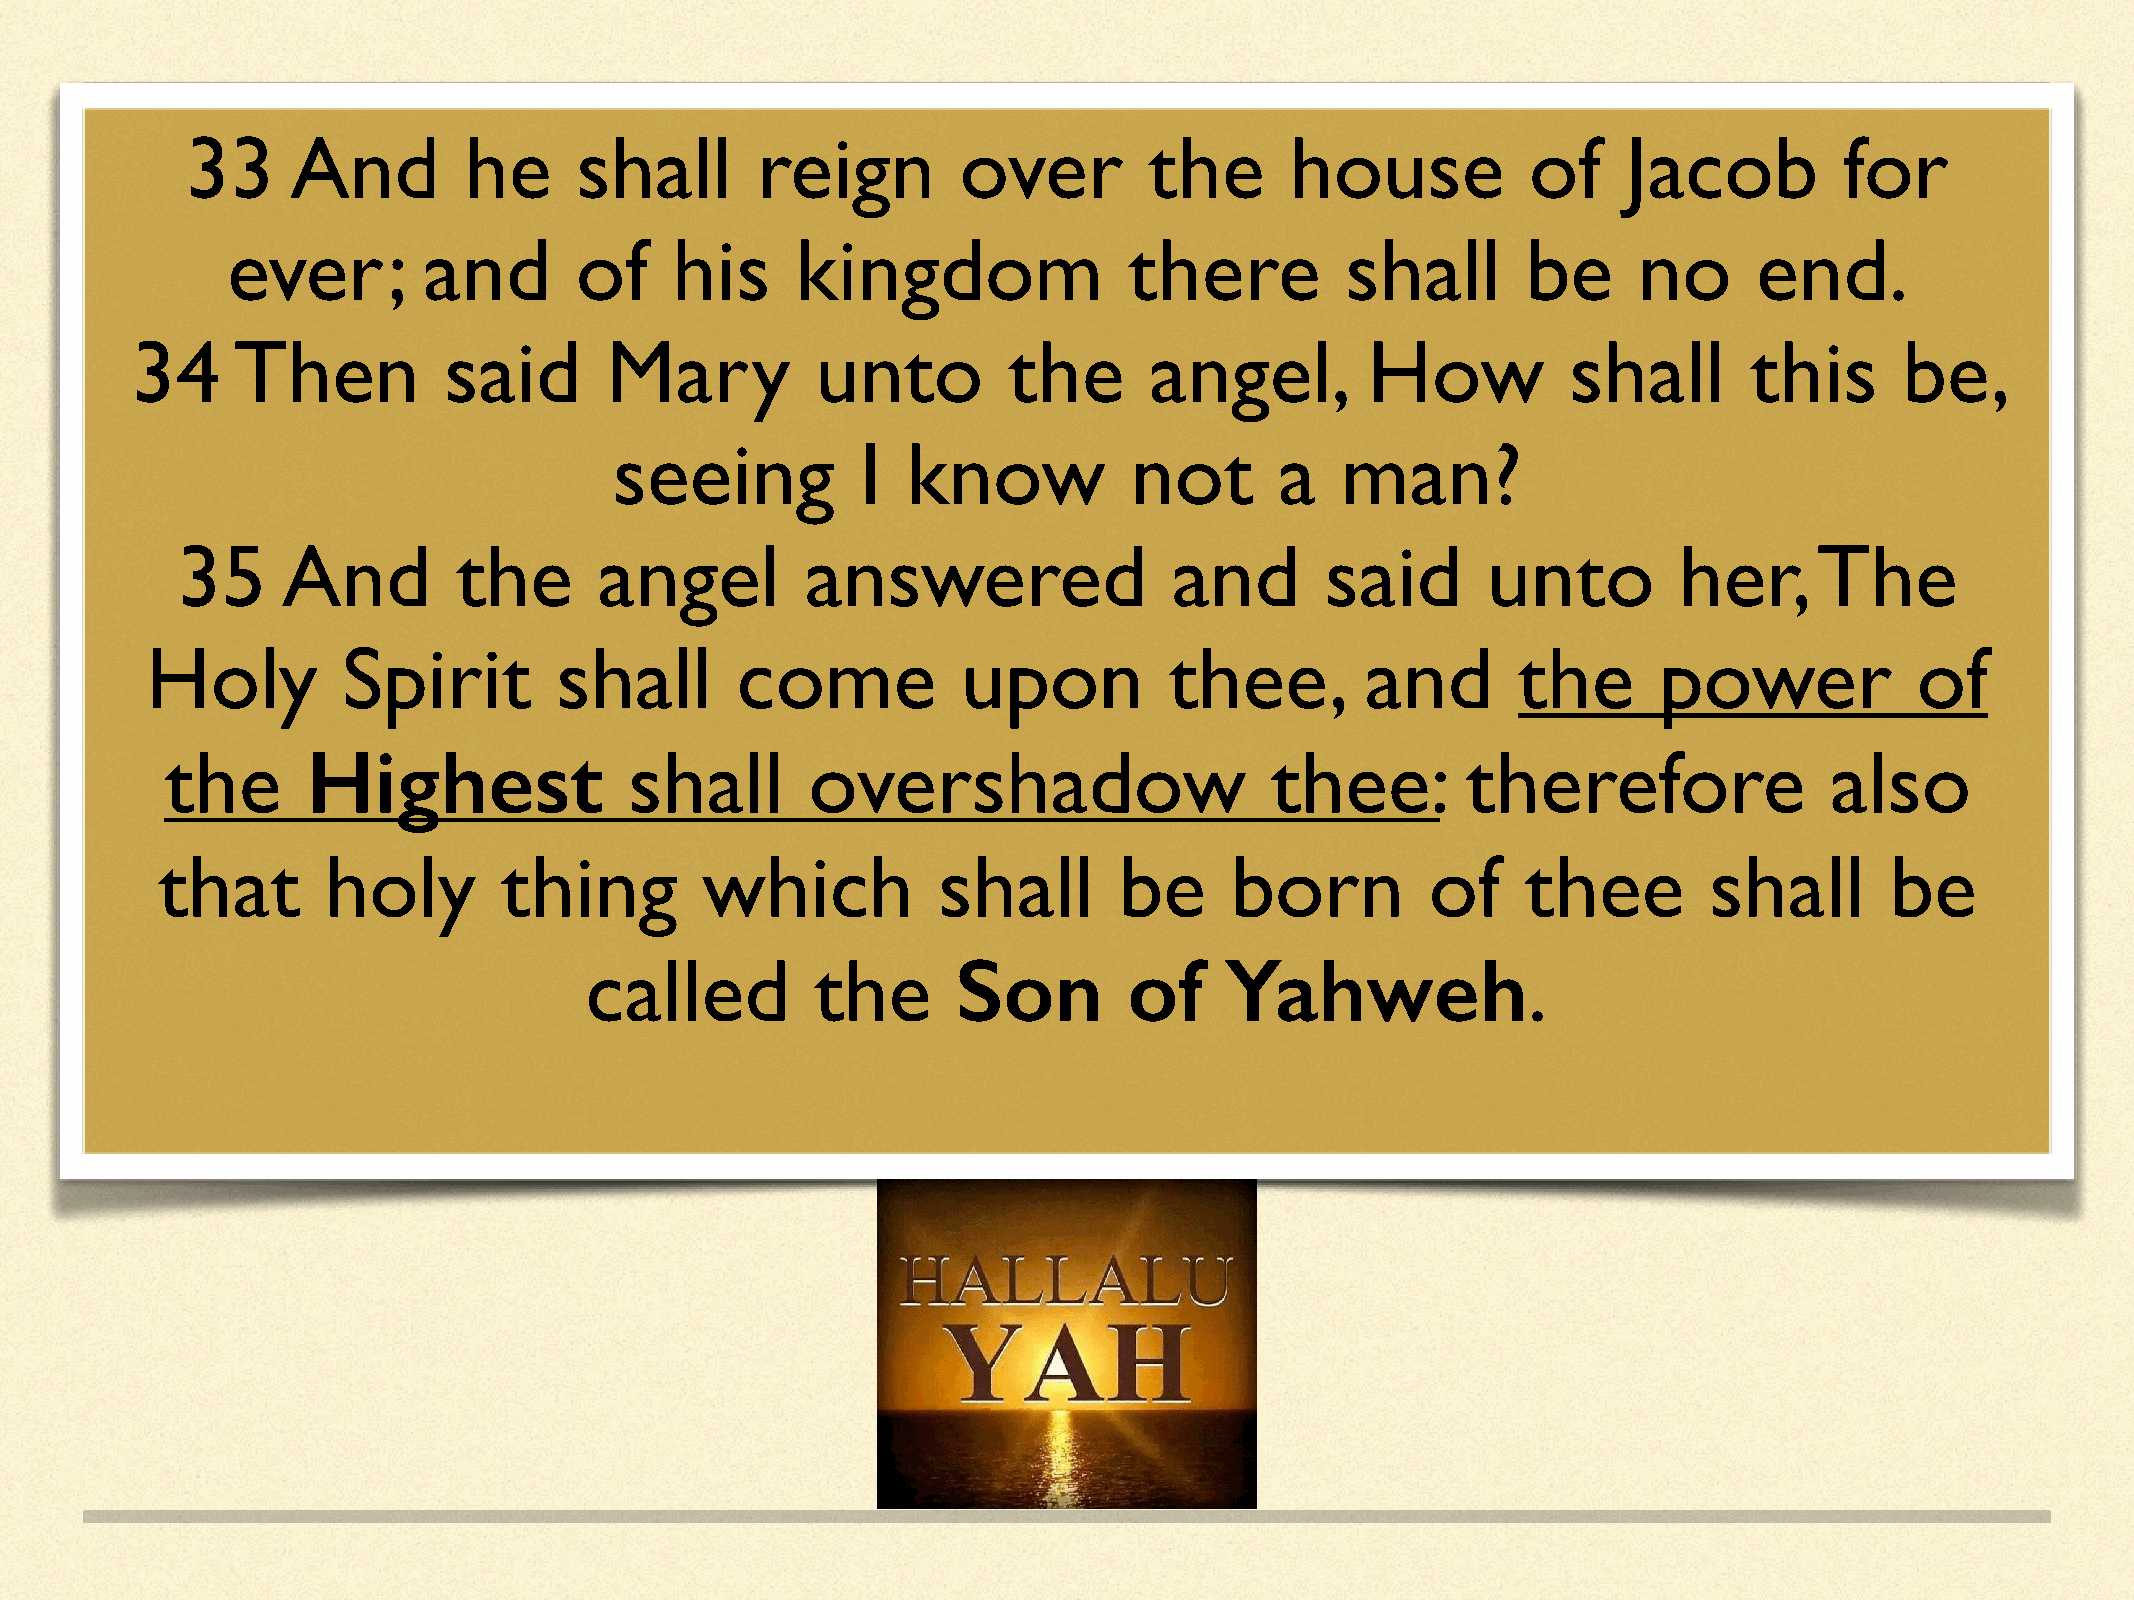
33     And         he     shall       reign         over        the      house           of     Jacob         for
 ever;        and       of    his      kingdom               there         shall       be     no      end.
 34    Then          said       Mary          unto         the      angel,        How           shall       this      be,
 seeing          I  know           not       a   man?
 35     And        the       angel        answered                 and       said      unto         her,     The
 Holy         Spirit        shall       come           upon         thee,        and       the       power            of
 the      Highest               shall       overshadow                    thee:        therefore               also
 that        holy       thing        which           shall       be     born          of    thee        shall       be
 called         the      Son         of    Yahweh.